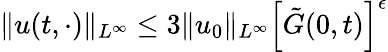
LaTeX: \| u(t,\cdot)\| _{L^{\infty}}\leq 3\| u_{0}\| _{L^{\infty}}\left[\tilde{G}(0,t)\right]^{\epsilon}